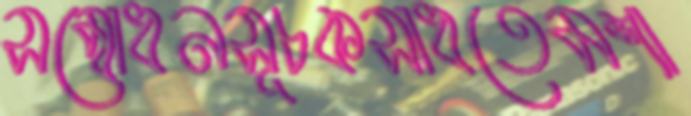
সম্বোধনসূচকসাধতেমশা